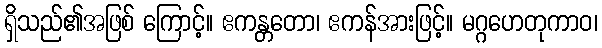
ရှိသည်၏အဖြစ် ကြောင့်။ ဧကန္တတော၊ ဧကန်အားဖြင့်။ မဂ္ဂဟေတုကာဝ၊